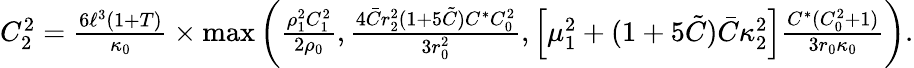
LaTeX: \begin{array}{r}{C_{2}^{2}=\frac{6\ell^{3}(1+T)}{\kappa_{0}}\times\operatorname*{max}\left(\frac{\rho_{1}^{2}C_{1}^{2}}{2\rho_{0}},\frac{4\bar{C}r_{2}^{2}(1+5\tilde{C})C^{\ast}C_{0}^{2}}{3r_{0}^{2}},\left[\mu_{1}^{2}+(1+5\tilde{C})\bar{C}\kappa_{2}^{2}\right]\frac{C^{\ast}(C_{0}^{2}+1)}{3r_{0}\kappa_{0}}\right).}\end{array}